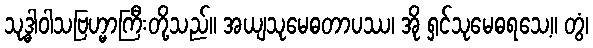
သုဒ္ဓါဝါသဗြဟ္မာကြီးတို့သည်။ အယျသုမေဓတာပဿ၊ အို ရှင်သုမေဓရသေ့။ တွံ၊